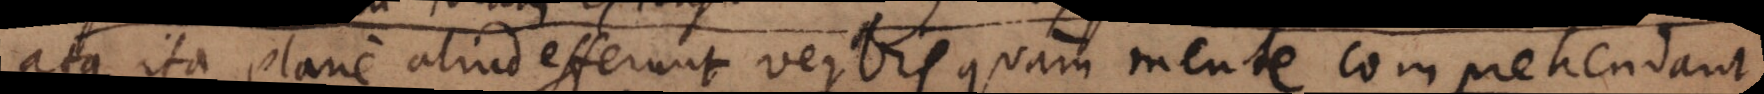
atque ita plane aliud efferunt verbis quam mente comprehendant.